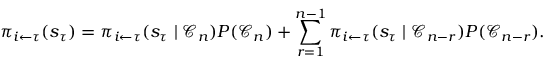
\pi _ { i \leftarrow \tau } ( s _ { \tau } ) = \pi _ { i \leftarrow \tau } ( s _ { \tau } \mid \mathcal C _ { n } ) P ( \mathcal C _ { n } ) + \sum _ { r = 1 } ^ { n - 1 } \pi _ { i \leftarrow \tau } ( s _ { \tau } \mid \mathcal C _ { n - r } ) P ( \mathcal C _ { n - r } ) .